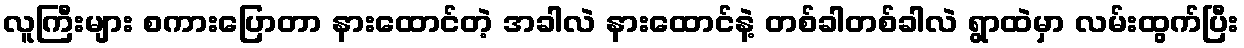
လူကြီးများ စကားပြောတာ နားထောင်တဲ့ အခါလဲ နားထောင်နဲ့ တစ်ခါတစ်ခါလဲ ရွာထဲမှာ လမ်းထွက်ပြီး